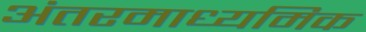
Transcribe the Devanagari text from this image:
अंतरमाध्यमिक